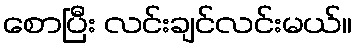
စောပြီး လင်းချင်လင်းမယ်။